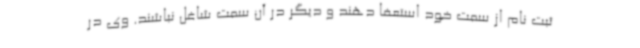
ثبت نام از سمت خود استعفا دهند و دیگر در آن سمت شاغل نباشند. وی در